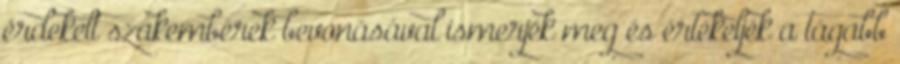
érdekelt szakemberek bevonásával ismerjék meg és értékeljék a tágabb